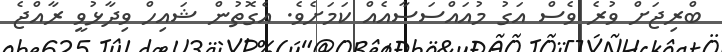
ބްރިޖަށް ވުރެ ވެސް އަގު މުއައްސަސާއެއް ކަމަށެވެ. އެގޮތުން ޝައިހް ވިދާޅުވީ ރާއްޖެ